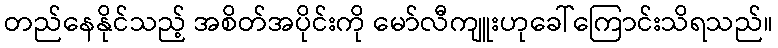
တည်နေနိုင်သည့် အစိတ်အပိုင်းကို မော်လီကျူးဟုခေါ်ကြောင်းသိရသည်။